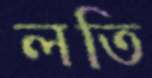
লতি